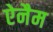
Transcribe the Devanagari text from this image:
ऐनैम